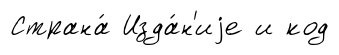
Страна́ Изда́н'иjе и код